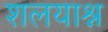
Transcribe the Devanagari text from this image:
शलयाश्न